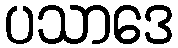
ပသာဒေ